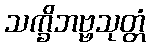
သက္ခိဘဗ္ဗသုတ္တံ